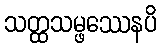
သတ္ထသမ္ဖဿေနပိ